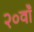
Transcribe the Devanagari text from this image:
२०वाँ